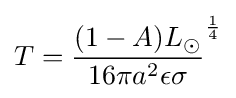
T={{(1-A)L_{\odot }} \over {16\pi a^{2}\epsilon \sigma }}^{1 \over 4}